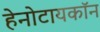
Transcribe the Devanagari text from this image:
हेनोटायकॉन